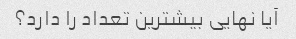
آیا نهایی بیشترین تعداد را دارد؟